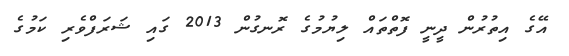
އޭގެ އިތުރުން ދީނީ ފޮތްތައް ލިޔުމުގެ ރޮނގުން 2013 ގައި ޝަރަފްވެރި ކަމުގެ